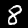
Digit: 8